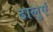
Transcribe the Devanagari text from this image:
ढालुएं